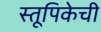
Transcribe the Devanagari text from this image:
स्तूपिकेची